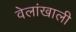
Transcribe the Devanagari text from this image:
वेलांखाली